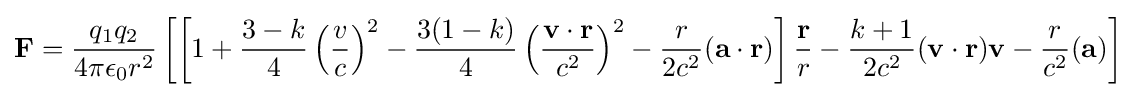
\mathbf {F} ={\frac {q_{1}q_{2}}{4\pi \epsilon _{0}r^{2}}}\left[\left[1+{\frac {3-k}{4}}\left({\frac {v}{c}}\right)^{2}-{\frac {3(1-k)}{4}}\left({\frac {\mathbf {v\cdot r} }{c^{2}}}\right)^{2}-{\frac {r}{2c^{2}}}(\mathbf {a\cdot r} )\right]{\frac {\mathbf {r} }{r}}-{\frac {k+1}{2c^{2}}}(\mathbf {v\cdot r} )\mathbf {v} -{\frac {r}{c^{2}}}(\mathbf {a} )\right]